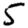
Digit: 5